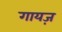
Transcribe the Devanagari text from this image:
गायज़